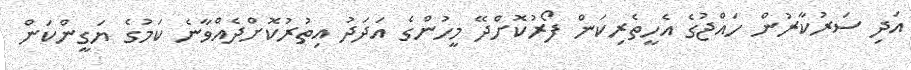
އަދި ސަރުކާރުން ހައްޖުގެ އެހީތެރިކަން ފޯރުކޮށްދޭ މީހުންގެ އަދަދު އިތުރުކޮށްދެއްވާނެ ކަމުގެ ޔަގީންކަން